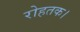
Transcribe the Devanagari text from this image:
रोहतक।